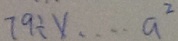
7 9 \div x \cdots a ^ { 2 }